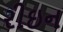
રીઇન